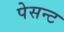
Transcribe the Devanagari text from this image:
पेसन्ट